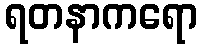
ရတနာကရော